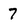
Character: 7